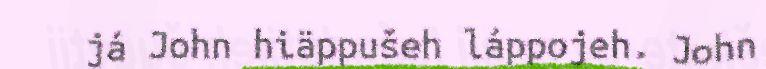
já John hiäppušeh láppojeh. John